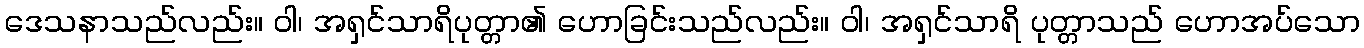
ဒေသနာသည်လည်း။ ဝါ၊ အရှင်သာရိပုတ္တာ၏ ဟောခြင်းသည်လည်း။ ဝါ၊ အရှင်သာရိ ပုတ္တာသည် ဟောအပ်သော